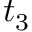
t _ { 3 }